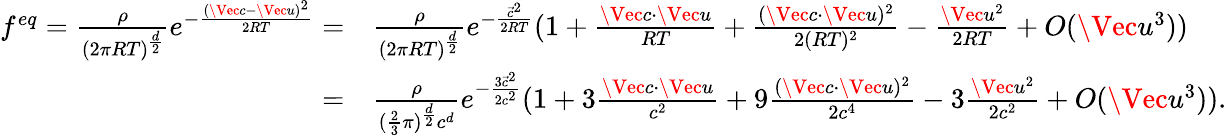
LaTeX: \begin{array}{rl}{f^{eq}=\frac{\rho}{(2\pi RT)^{\frac{d}{2}}}e^{-\frac{(\Vec{c}-\Vec{u})^{2}}{2RT}}=}&{{}\frac{\rho}{(2\pi RT)^{\frac{d}{2}}}e^{-\frac{\vec{c}^{2}}{2RT}}(1+\frac{\Vec{c}\cdot\Vec{u}}{RT}+\frac{(\Vec{c}\cdot\Vec{u})^{2}}{2(RT)^{2}}-\frac{\Vec{u}^{2}}{2RT}+O(\Vec{u}^{3}))}\\ {=}&{{}\frac{\rho}{(\frac{2}{3}\pi)^{\frac{d}{2}}c^{d}}e^{-\frac{3\vec{c}^{2}}{2c^{2}}}(1+3\frac{\Vec{c}\cdot\Vec{u}}{c^{2}}+9\frac{(\Vec{c}\cdot\Vec{u})^{2}}{2c^{4}}-3\frac{\Vec{u}^{2}}{2c^{2}}+O(\Vec{u}^{3})).}\end{array}